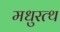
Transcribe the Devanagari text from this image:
मधुरत्थ